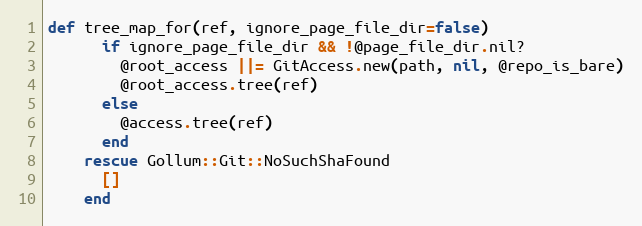
Language: Ruby
def tree_map_for(ref, ignore_page_file_dir=false)
      if ignore_page_file_dir && !@page_file_dir.nil?
        @root_access ||= GitAccess.new(path, nil, @repo_is_bare)
        @root_access.tree(ref)
      else
        @access.tree(ref)
      end
    rescue Gollum::Git::NoSuchShaFound
      []
    end